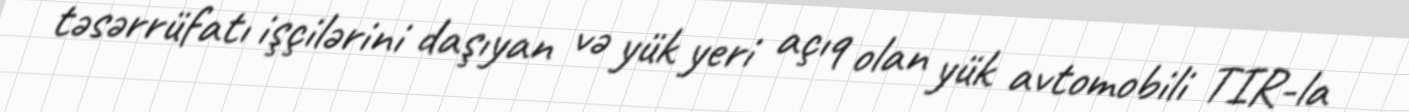
təsərrüfatı işçilərini daşıyan və yük yeri açıq olan yük avtomobili TIR-la